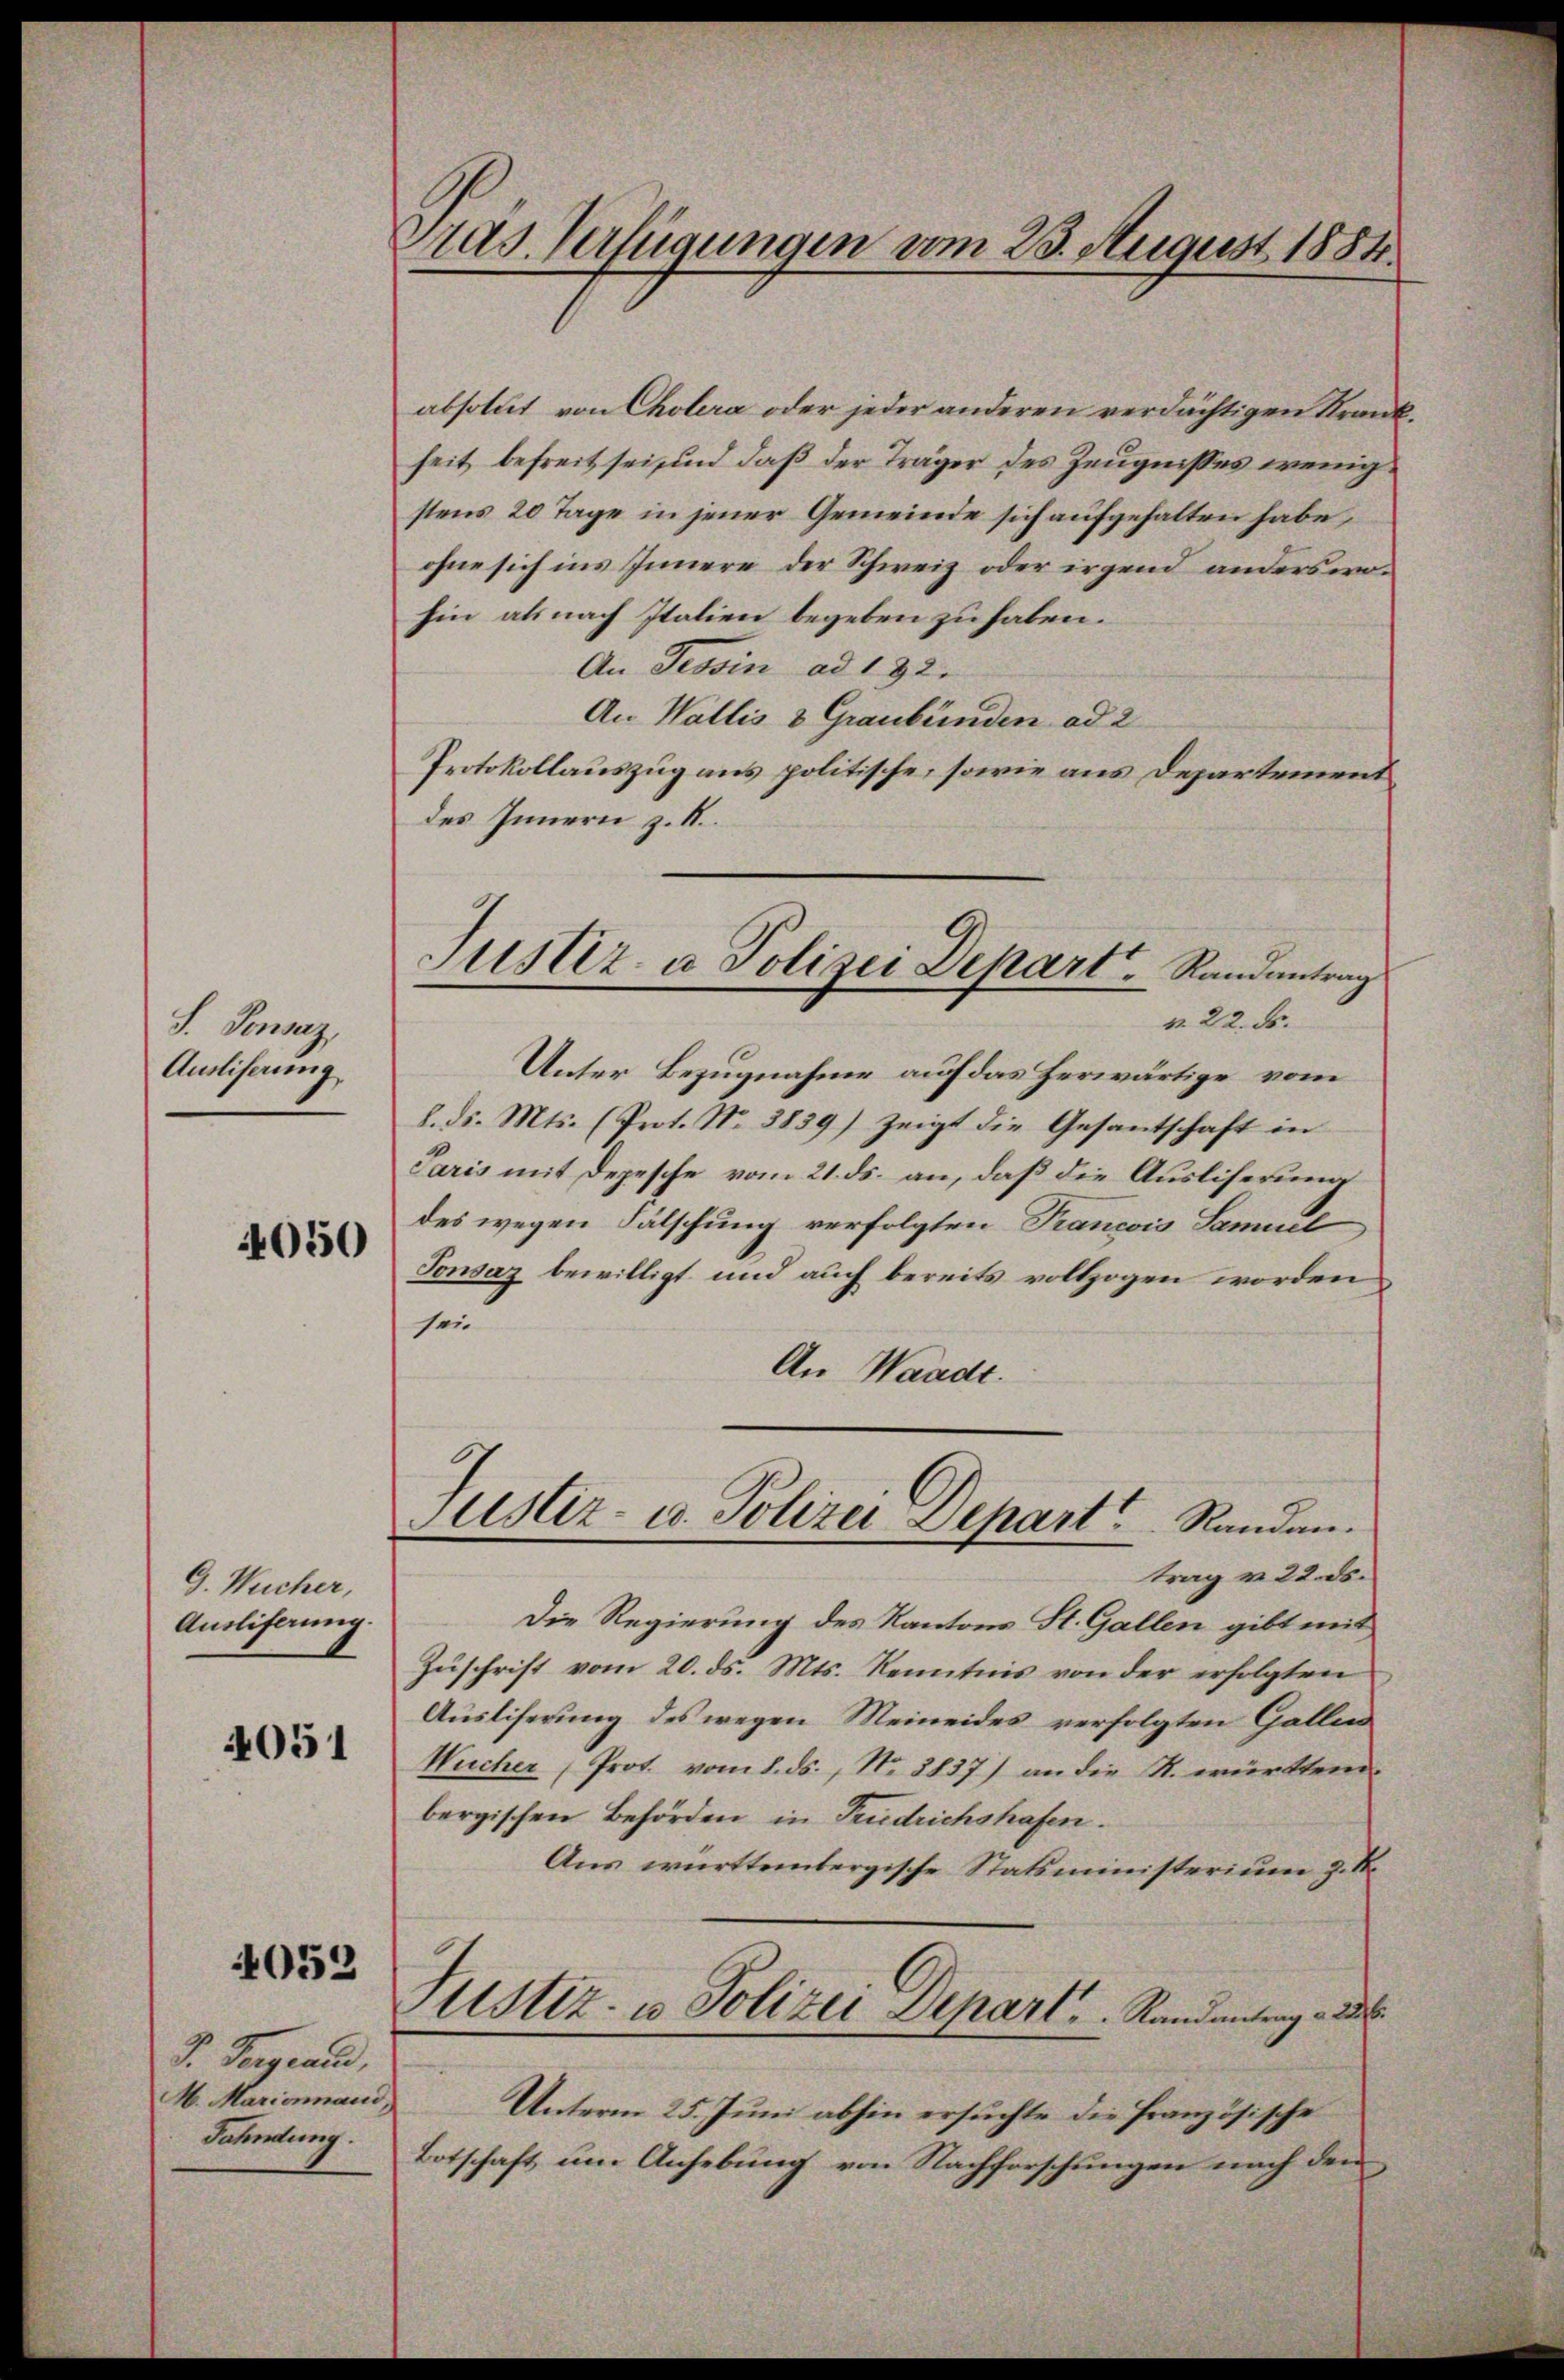
S. Pensaz,
Ausliserung

4050

G. Wucher,
Ausliferung.

4051

4052

J. Fergrand,
M. Mariannaud,
Fahndung.

Pras. Verfügungen vom 23. August 1884

Justiz- u Polizei Depart. Randantrag

absolut von Cholera oder jeder anderen verdächtigen Krankseit befreit sei und daß der Träger des Zeugnisses wenigstens 20 Tage in jener Gemeinde sich aufgehalten habe,
ohne sich ins Innere der Schweiz oder irgend anderswohin als nach Italien begeben zu haben.
An Tessin ad 132.
An Wallis & Graubünden ad 2
Protokollauszug aus politische, sowie aus Departement
des Innern z. B.
v. 22. ds.
Unter Bezugnahme auf das herwärtige vom
L. ds. Mts. (Prot. No. 3839) zeigt die Gesantschaft in
Paris mit Depesche vom 21. ds. an, daß die Ausliferung
des wegen Fälschung verfolgten Francois Samuel
Tonsaz bewilligt und auch bereits vollzogen worden
sei
An Waadt.
Justiz- u. Polizei Depart Randantrag v. 22. ds.
Die Regierung des Kantons St. Gallen gibt mit
Zŭschrift vom 20. ds. Mts. Kenntnis von der erfolgten
Ausliferung des wegen Meineides verfolgten Gallen
Wucher (Prot. vom 8. ds., N. 2837) an die K. württem
bergischen Behörden in Fridrichshafen.
Aus württembergische Statsministerium z. S.
Justiz- u Polizei Depart.   Randantrag d. d.
Unterm 25. Juni abhin ersuchte die Französische
Botschaft um Anhebung von Nachforschungen nach dem